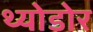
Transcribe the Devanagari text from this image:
थ्योडोर